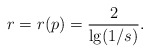
\begin{align*}r = r(p) = \frac {2}{\lg(1/s)}.\end{align*}